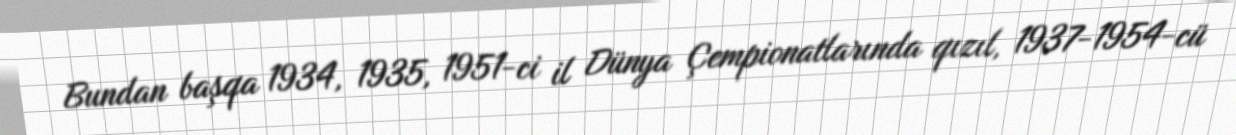
Bundan başqa 1934, 1935, 1951-ci il Dünya Çempionatlarında qızıl, 1937-1954-cü